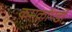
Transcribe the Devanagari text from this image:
कमर्काण्डों